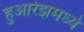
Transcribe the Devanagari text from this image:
हुआरेझमध्ये